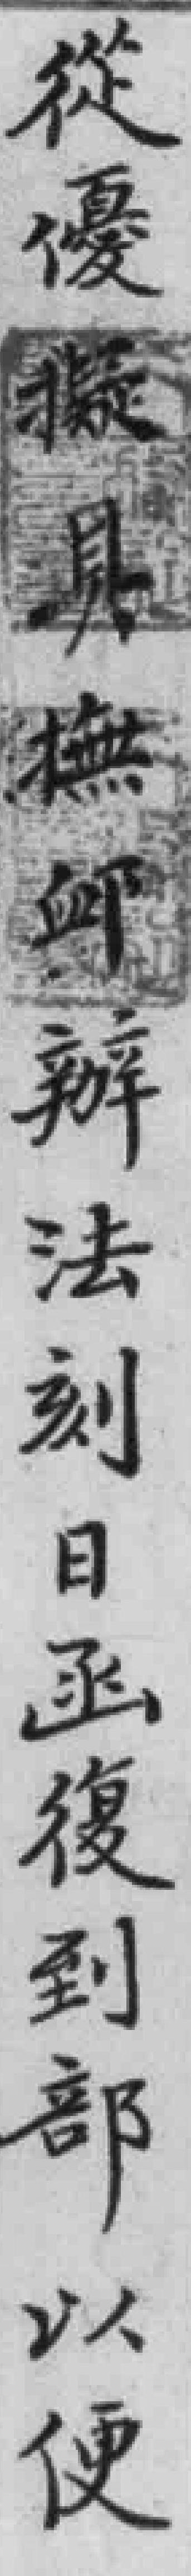
擬具撫卹辦法刻日函復到部以便